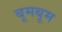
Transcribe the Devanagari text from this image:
बूमबूम